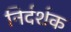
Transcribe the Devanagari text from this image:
निर्दर्शक